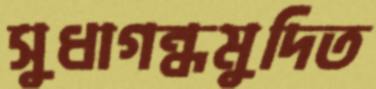
সুধাগন্ধমুদিত